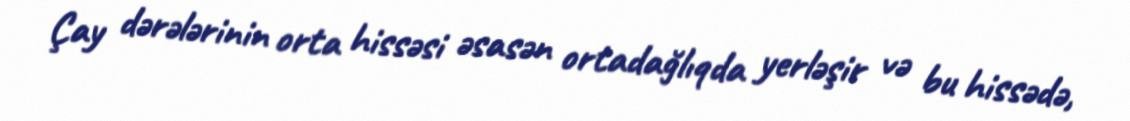
Çay dərələrinin orta hissəsi əsasən ortadağlıqda yerləşir və bu hissədə,